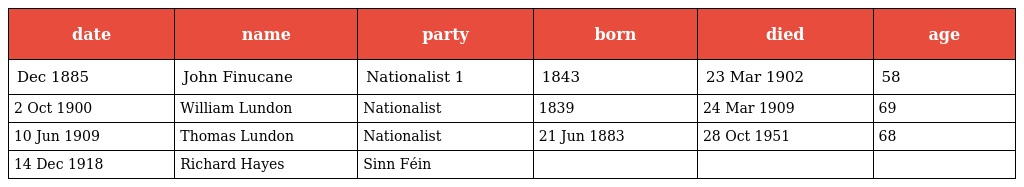
| date | name | party | born | died | age |
 | --- | --- | --- | --- | --- | --- |
 | Dec 1885 | John Finucane | Nationalist 1 | 1843 | 23 Mar 1902 | 58 |
 | 2 Oct 1900 | William Lundon | Nationalist | 1839 | 24 Mar 1909 | 69 |
 | 10 Jun 1909 | Thomas Lundon | Nationalist | 21 Jun 1883 | 28 Oct 1951 | 68 |
 | 14 Dec 1918 | Richard Hayes | Sinn Féin |  |  |  |